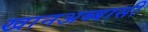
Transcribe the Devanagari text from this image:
खानअब्बासी